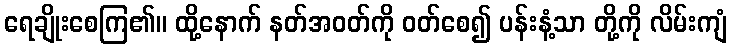
ရေချိုးစေကြ၏။ ထို့နောက် နတ်အဝတ်ကို ဝတ်စေ၍ ပန်းနံ့သာ တို့ကို လိမ်းကျံ